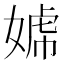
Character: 𡟣